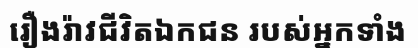
រឿងរ៉ាវជីវិតឯកជន របស់អ្នកទាំង